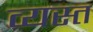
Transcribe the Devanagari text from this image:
व्‍यस्त